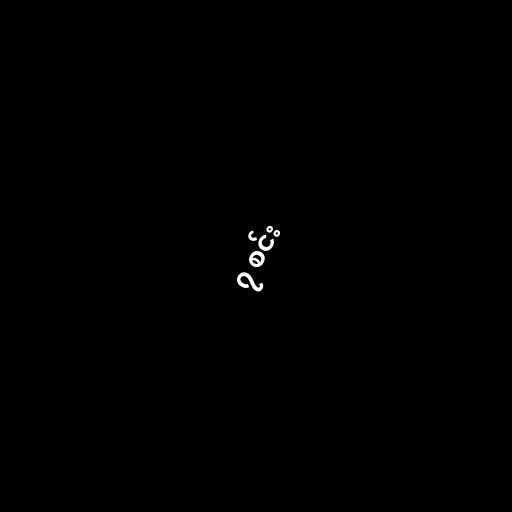
၇ စင်း